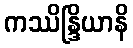
ကဿိန္ဒြိယာနိ